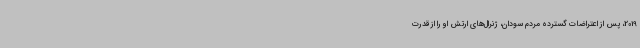
2019، پس از اعتراضات گسترده مردم سودان، ژنرال‌های ارتش او را از قدرت